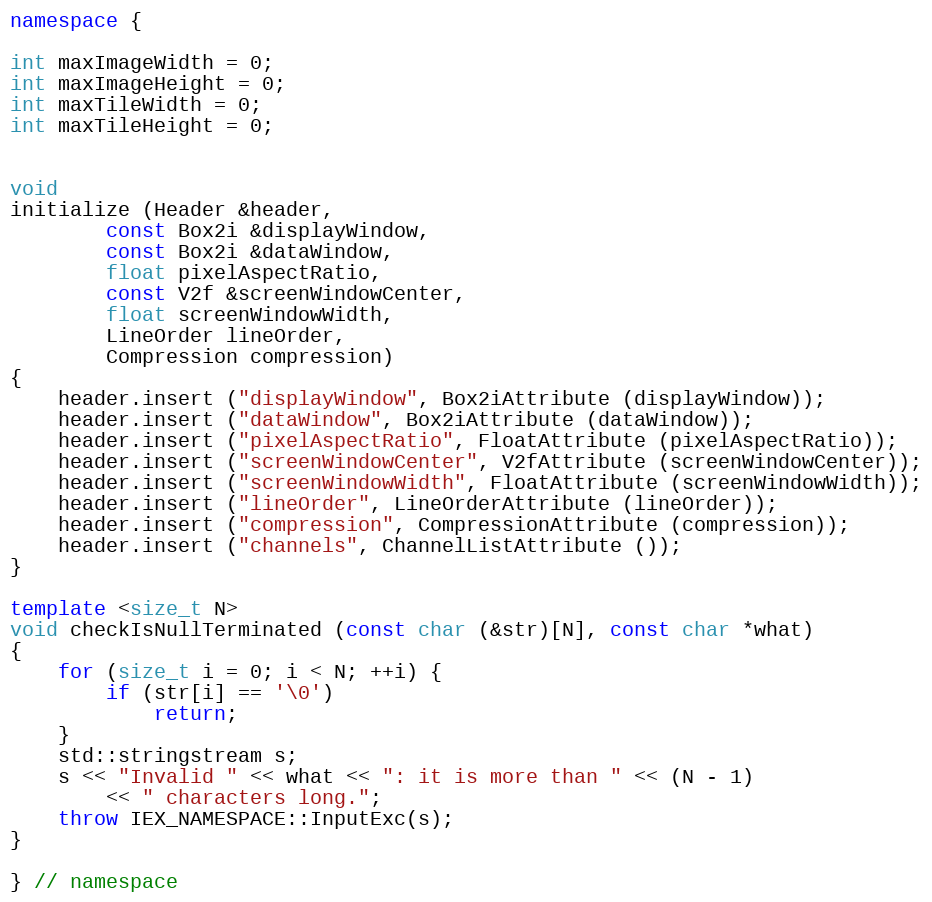
Language: C++
namespace {

int maxImageWidth = 0;
int maxImageHeight = 0;
int maxTileWidth = 0;
int maxTileHeight = 0;

void
initialize (Header &header,
	    const Box2i &displayWindow,
	    const Box2i &dataWindow,
	    float pixelAspectRatio,
	    const V2f &screenWindowCenter,
	    float screenWindowWidth,
	    LineOrder lineOrder,
	    Compression compression)
{
    header.insert ("displayWindow", Box2iAttribute (displayWindow));
    header.insert ("dataWindow", Box2iAttribute (dataWindow));
    header.insert ("pixelAspectRatio", FloatAttribute (pixelAspectRatio));
    header.insert ("screenWindowCenter", V2fAttribute (screenWindowCenter));
    header.insert ("screenWindowWidth", FloatAttribute (screenWindowWidth));
    header.insert ("lineOrder", LineOrderAttribute (lineOrder));
    header.insert ("compression", CompressionAttribute (compression));
    header.insert ("channels", ChannelListAttribute ());
}

template <size_t N>
void checkIsNullTerminated (const char (&str)[N], const char *what)
{
	for (size_t i = 0; i < N; ++i) {
		if (str[i] == '\0')
			return;
	}
	std::stringstream s;
	s << "Invalid " << what << ": it is more than " << (N - 1)
		<< " characters long.";
	throw IEX_NAMESPACE::InputExc(s);
}

} // namespace